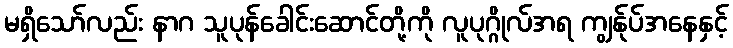
မရှိသော်လည်း နာဂ သူပုန်ခေါင်းဆောင်တို့ကို လူပုဂ္ဂိုလ်အရ ကျွန်ုပ်အနေနှင့်